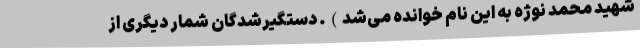
شهید محمد نوژه به این نام خوانده می‌شد). دستگیرشدگان شمار دیگری از